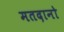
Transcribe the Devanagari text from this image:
मतदानो